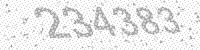
Solution: 234383